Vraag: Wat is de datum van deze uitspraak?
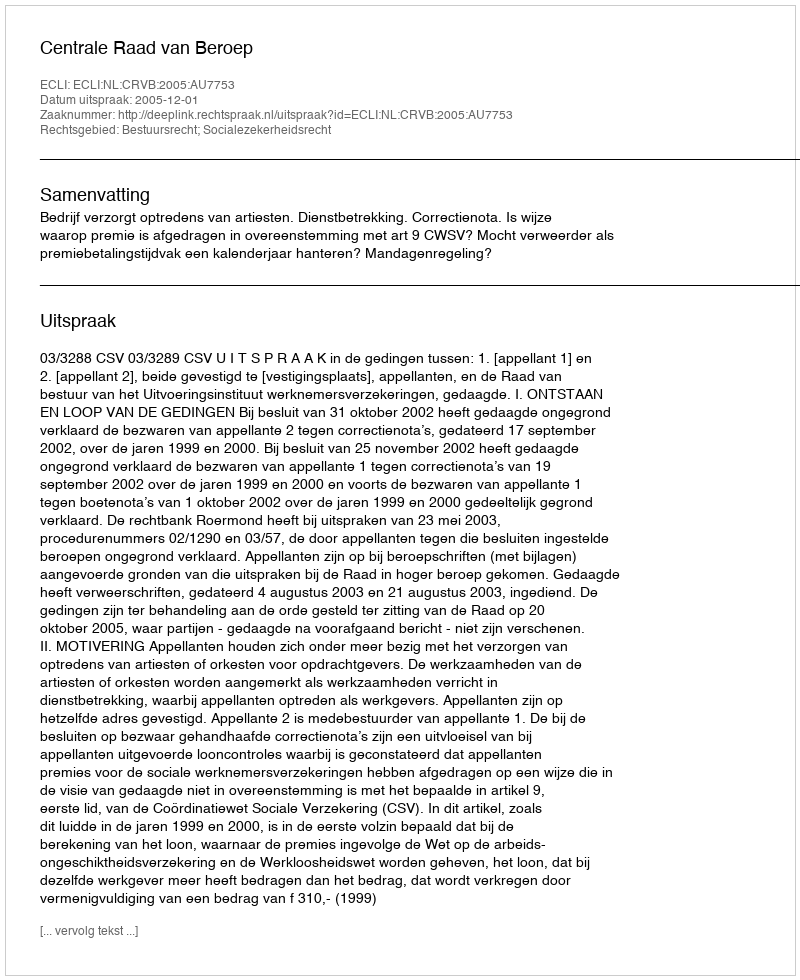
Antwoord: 2005-12-01